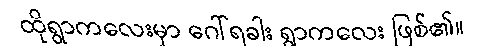
ထိုရွာကလေးမှာ ဂေါ်ရခါး ရွာကလေး ဖြစ်၏။